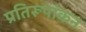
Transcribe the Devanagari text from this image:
प्रतिरूपांकन